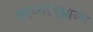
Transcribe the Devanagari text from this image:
काव्यसाम्राज्य